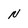
Character: N